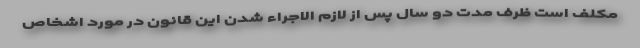
مکلف است ظرف مدت دو سال پس از لازم الاجراء شدن این قانون در مورد اشخاص